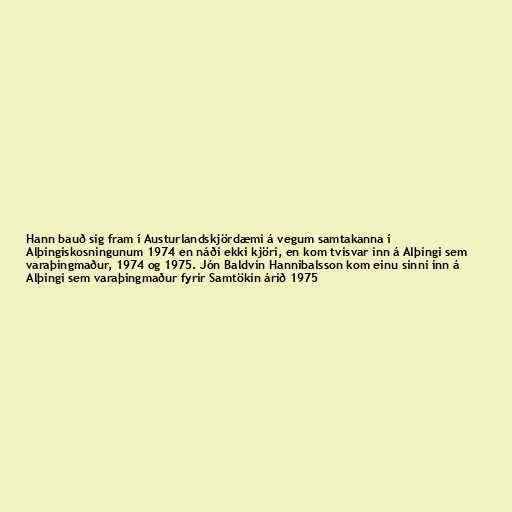
Hann bauð sig fram í Austurlandskjördæmi á vegum samtakanna í
Alþingiskosningunum 1974 en náði ekki kjöri, en kom tvisvar inn á Alþingi sem
varaþingmaður, 1974 og 1975. Jón Baldvin Hannibalsson kom einu sinni inn á
Alþingi sem varaþingmaður fyrir Samtökin árið 1975